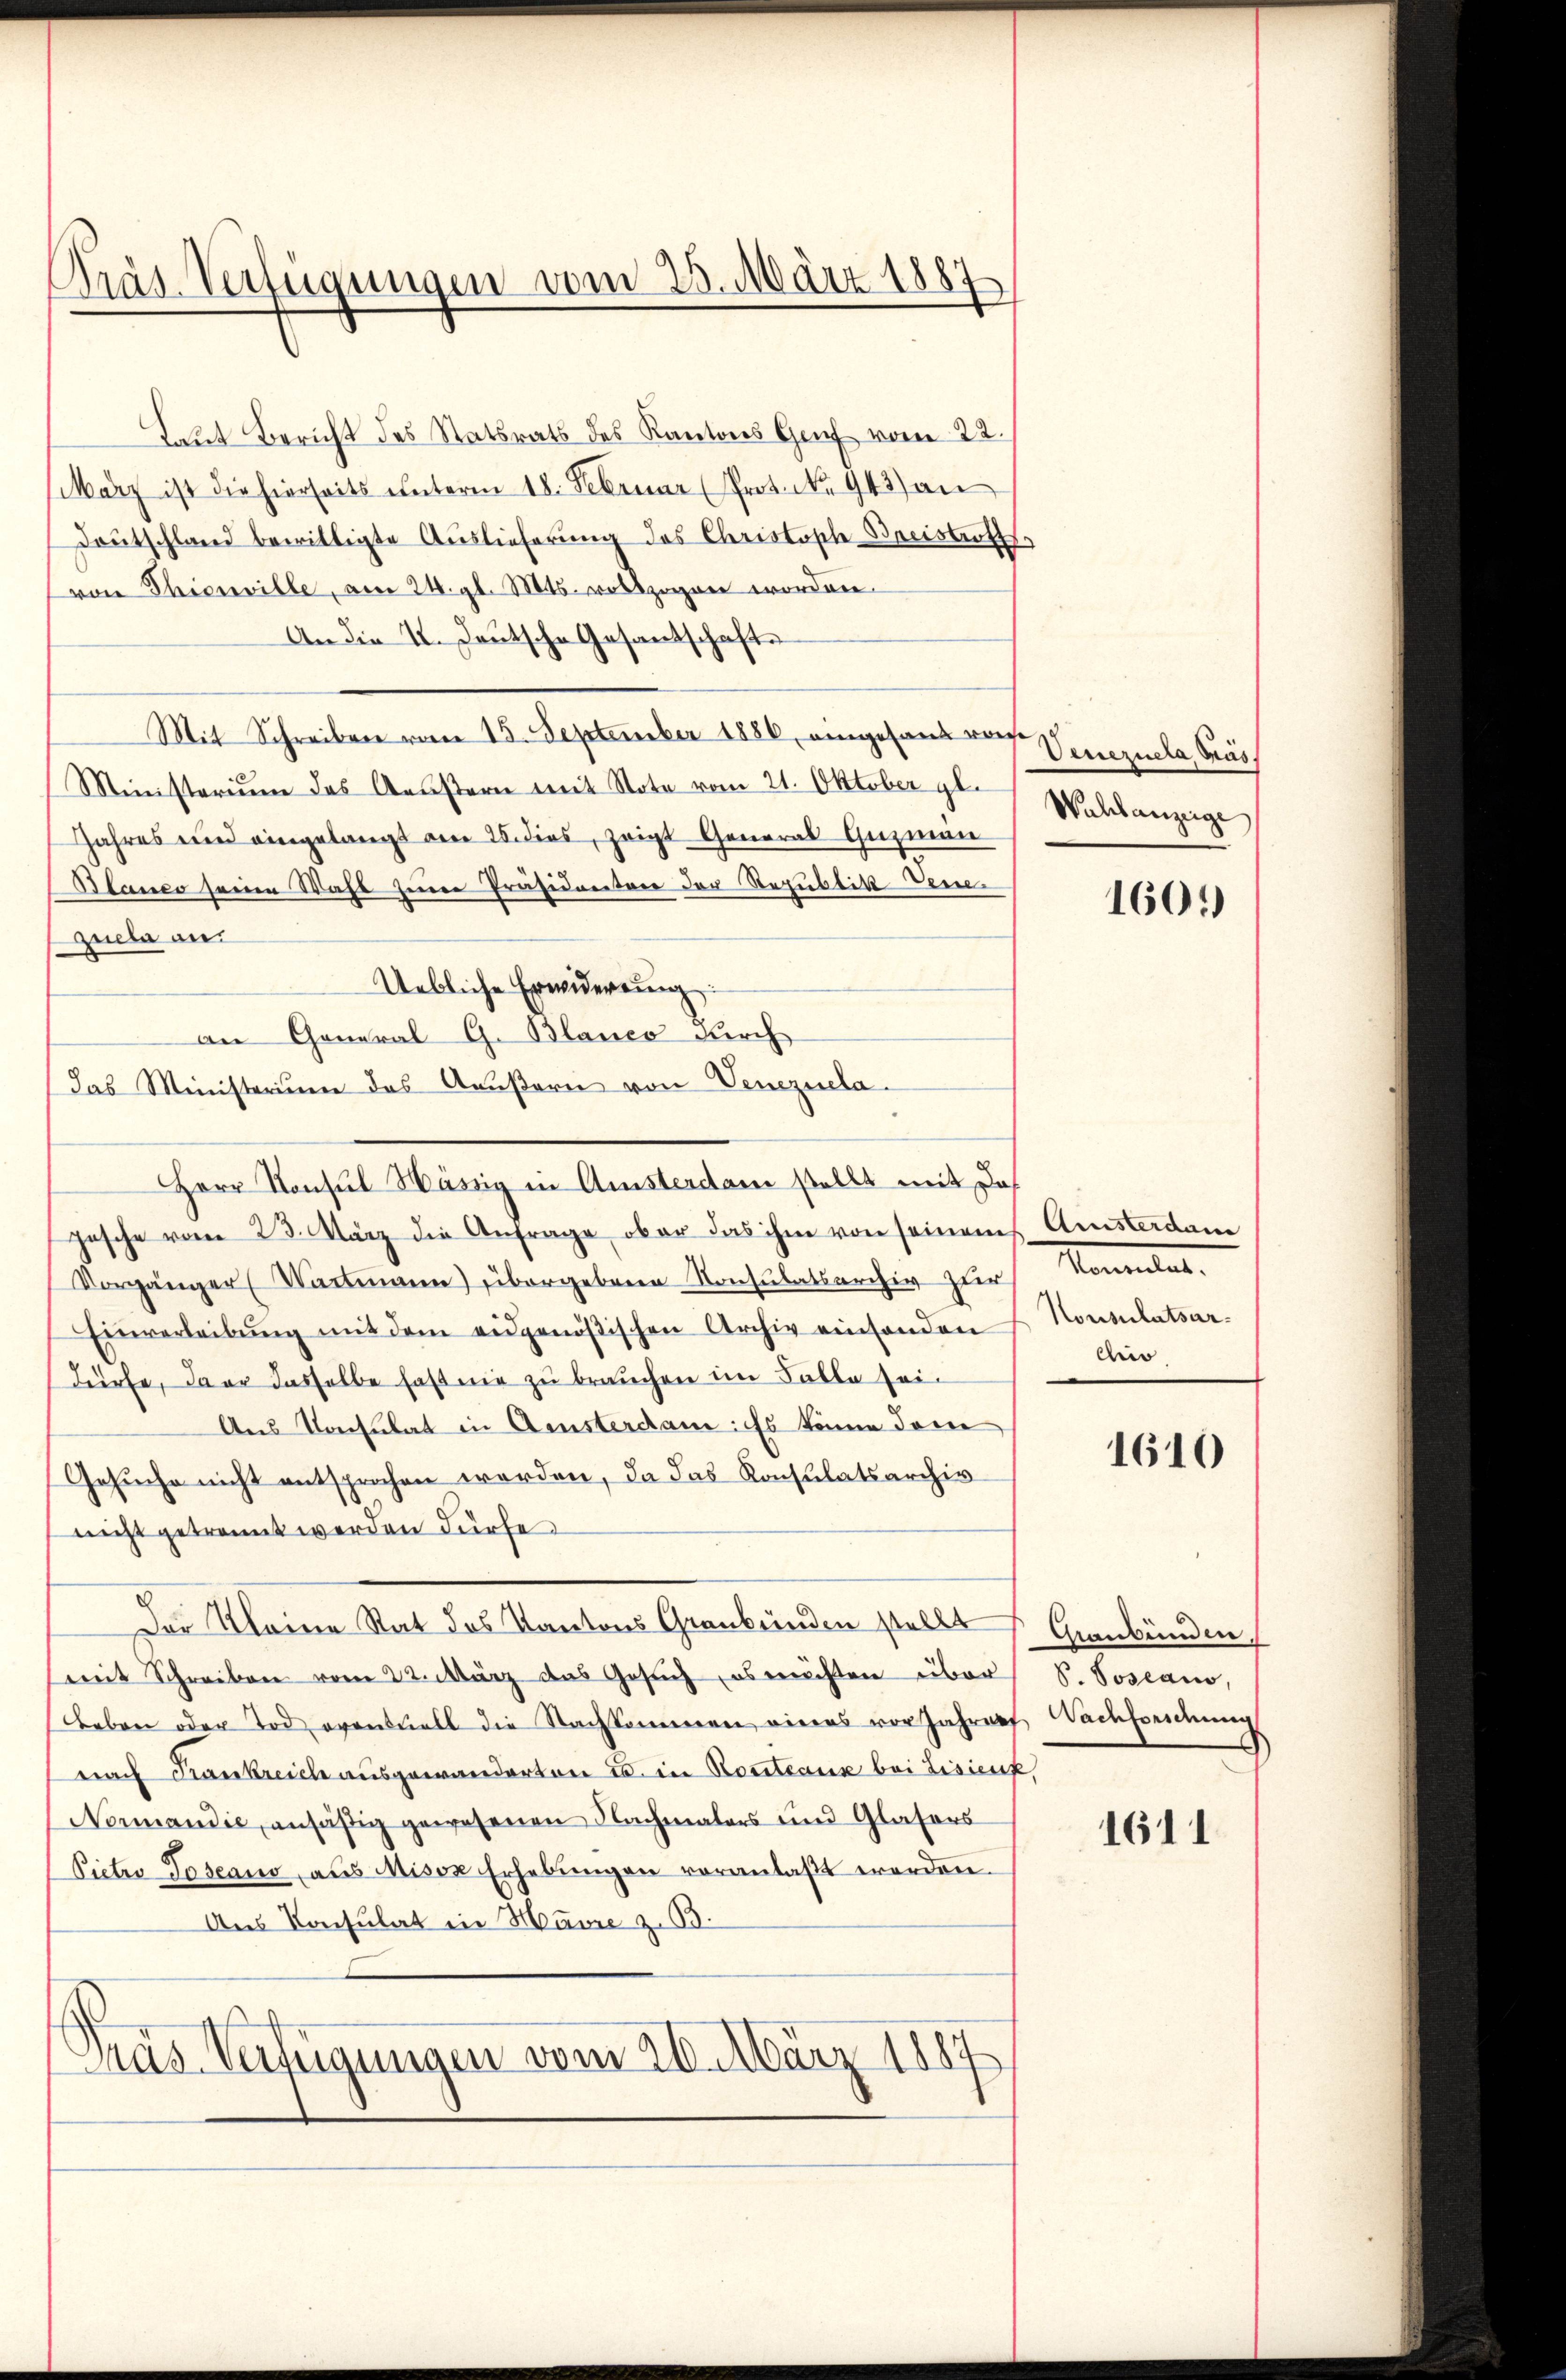
Präs. Verfügungen vom 25. März 1881

Laut Bericht des Statsrats des Kantons Genf vom 22.
März ist die hierseits ŭnterm 18. Februar (Prot. No. 943) an
Deutschland bewilligte Auslieferung des Christische Dreistraft,
von Thieuville, am 24. gl. Mts. vollzogen worden.
An die II. Deutsche Gesantschafts
Mit Schreiben vom 15. September 1886 eingesand von Venezuela, Präs
Ministerium das Aeustern mit Note vom 21. Oktober gl.
Jahres und eingelangt am 25. dies, zeigt General-Guzman
Blanco seine Wahl seiner Präsidenten der Republik den
Zuela an
Uebliche Erwiderung
an General G. Blanco durch
das Ministerium das Aeußern von Venezuela¬
Herr Konsul Hässig in Amsterdam stellt mit das
pesche vom 23. März die Anfrage ober das ihm von seinem Quisterdam
Vorgänger (Wartmann) übergebene Konsulatsarchiv zur Kommlat.
Einverleibŭng mit dem eidgenößischen Archiv einsenden Konsulatsar-
dürfe, dar dasselbe hast nie zu brauchen im Falle sei.
Aus Konsulat in Amsterdam: Es könne Jose
Gesuche nicht entsprochen werden, da das Konsulatsarchivnicht getrennt werden dürfe.
Der Kleine Rat des Kantons Graubünden stellt Graubünden,
mit Schreiben vom 22. März das Gesuch, es möchten über V. Josiano,
Leben oder Tod eventuell die Nachkommen eines vor Jahren Nachseidŭng
nach Krankreich ausgewanderten u. in Routeaus bei Lisien,
Nommandie, ansäßig gewesenen Nachmalers und Glasers
Pietro Toscano aus Misox Erhebŭngen voranlaßt worden.
Aus Konsulat in Havre z. B.
Gras Verfügungen vom 20. März 1887

Wahlanzeige

1601)

chio

1610

1611